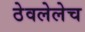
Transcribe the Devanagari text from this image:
ठेवलेलेच